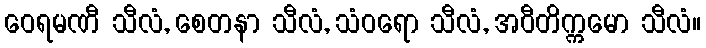
ဝေရမဏီ သီလံ, စေတနာ သီလံ, သံဝရော သီလံ, အဝီတိက္ကမော သီလံ။